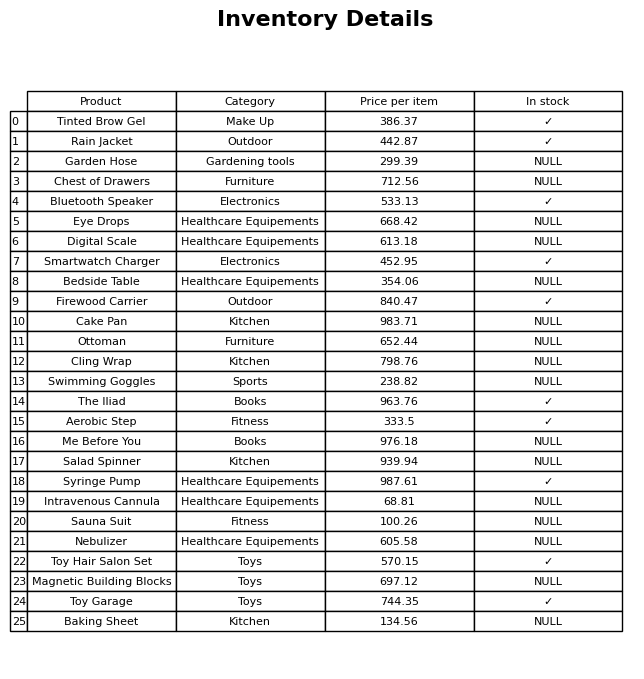
question: What is the price for Sauna Suit?
answer: The price of Sauna Suit is 100.26.